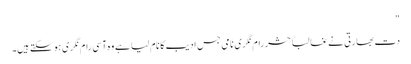
"
دت بھارتی نے غالباً حشر رام نگری نامی جس ادیب کا نام لیا ہے وہ آسی رام نگری ہو سکتے ہیں۔